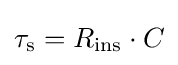
\tau _{\mathrm {s} }=R_{\mathrm {ins} }\cdot C